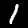
Label: 1